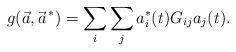
LaTeX: \begin{align*}g(\vec a,\vec a^{\, *})=\sum_i\sum_ja^*_i(t)G_{ij}a_j(t).\end{align*}